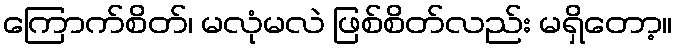
ကြောက်စိတ်၊ မလုံမလဲ ဖြစ်စိတ်လည်း မရှိတော့။